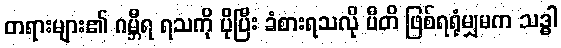
တရားများ၏ ဂမ္ဘီရ ရသကို ပိုပြီး ခံစားရသလို ပီတိ ဖြစ်ရရုံမျှမက သဒ္ဓါ